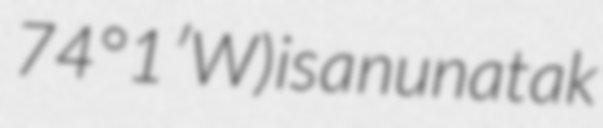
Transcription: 74°1′W) is a nunatak